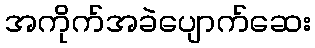
အကိုက်အခဲပျောက်ဆေး